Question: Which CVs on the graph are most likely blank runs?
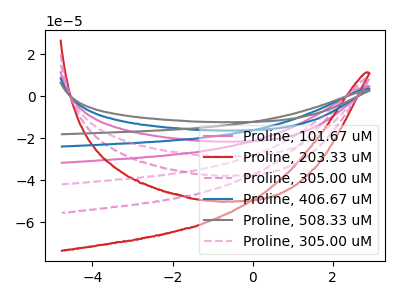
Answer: <think>The pink curve "Proline, 101.67 uM" has no peaks. The red curve "Proline, 203.33 uM" has no peaks. The pink dashed curve "Proline, 305.00 uM" has no peaks. The blue curve "Proline, 406.67 uM" has no peaks. The gray curve "Proline, 508.33 uM" has no peaks. The pink dashed curve "Proline, 305.00 uM" has no peaks.</think>
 <answer>"Proline, 101.67 uM", "Proline, 203.33 uM", "Proline, 305.00 uM", "Proline, 406.67 uM", "Proline, 508.33 uM" and "Proline, 305.00 uM" are likely to be blanks.</answer>
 <eval>"Proline, 101.67 uM", "Proline, 203.33 uM", "Proline, 305.00 uM", "Proline, 406.67 uM", "Proline, 508.33 uM", "Proline, 305.00 uM"</eval>